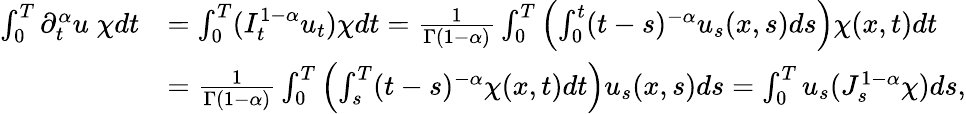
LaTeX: \begin{array}{rl}{\int_{0}^{T}\partial_{t}^{\alpha}u\; \chi dt}&{=\int_{0}^{T}(I_{t}^{1-\alpha}u_{t})\chi dt=\frac{1}{\Gamma(1-\alpha)}\int_{0}^{T}\left(\int_{0}^{t}(t-s)^{-\alpha}u_{s}(x,s)ds\right)\chi(x,t)dt}\\ &{=\frac{1}{\Gamma(1-\alpha)}\int_{0}^{T}\left(\int_{s}^{T}(t-s)^{-\alpha}\chi(x,t)dt\right)u_{s}(x,s)ds=\int_{0}^{T}u_{s}(J_{s}^{1-\alpha}\chi)ds,}\end{array}